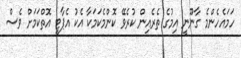
ހަމައެހެންމެ ގާނޫނީ އިމުގެ ތެރެއިން ކުރެވޭ ކޮންމެކަމަކާ އެކު އެޕާޓީ އޮތްކަމަށް ވެސް